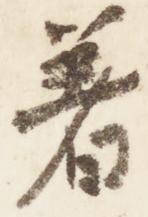
着